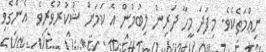
ނިޢްމަތެކެވެ. މިފަދަ މީހާ ދަރިން ލިބުމުން އެ ކަމަށް ޝުކުރުވެރިވެ  އެންގެވި